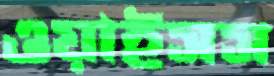
ওয়াইসস